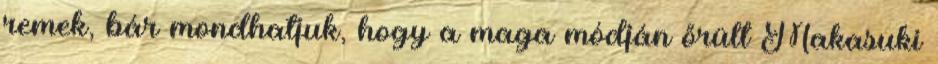
remek, bár mondhatjuk, hogy a maga módján őrült Makasuki